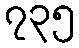
၇၃၅